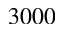
3 0 0 0